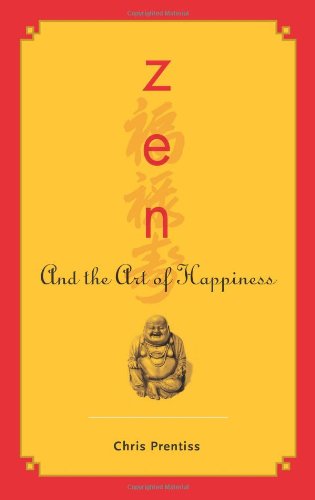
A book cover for Zen and the Art of Happiness; Chris Prentiss; Politics & Social Sciences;